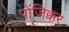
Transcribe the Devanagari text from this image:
पोंजिक्कर